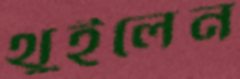
থুইলেন